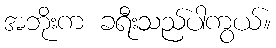
အဘိုးက ခရီးသည်ပါကွယ်။